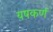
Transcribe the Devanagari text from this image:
यषकर्ण